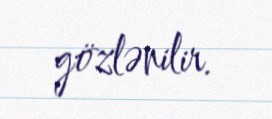
gözlənilir.